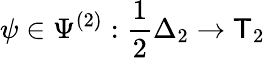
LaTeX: \psi\in\Psi^{(2)}:\frac 12\Delta_{2}\to\mathsf T_{2}